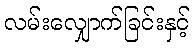
လမ်းလျှောက်ခြင်းနှင့်